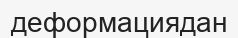
деформациядан